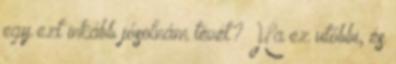
egy ezt inkább jósolnám tévét? Ha ez utóbbi, és